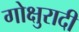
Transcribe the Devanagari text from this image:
गोक्षुरादी